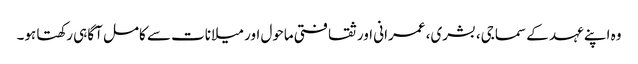
وہ اپنے عہد کے سماجی، بشری، عمرانی اور ثقافتی ماحول اور میلانات سے کامل آگاہی رکھتا ہو۔